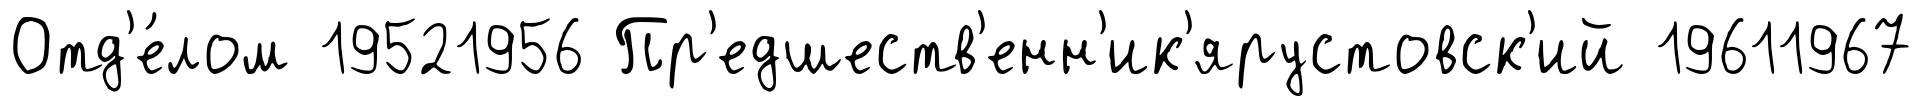
Отд'е́лом 19521956 Пр'едшеств'енн'ик'ярустовск'ий 19611967